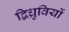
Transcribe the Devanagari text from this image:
द्विध्रुवियों